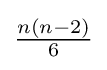
{\tfrac {n(n-2)}{6}}